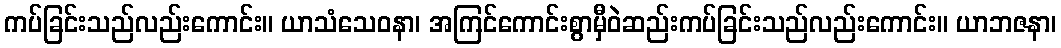
ကပ်ခြင်းသည်လည်းကောင်း။ ယာသံသေဝနာ၊ အကြင်ကောင်းစွာမှီဝဲဆည်းကပ်ခြင်းသည်လည်းကောင်း။ ယာဘဇနာ၊